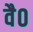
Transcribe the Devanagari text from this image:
वै०